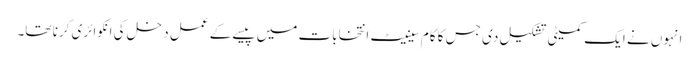
انہوں نے ایک کمیٹی تشکیل دی جس کا کام سینیٹ انتخابات میں پیسے کے عمل دخل کی انکوائری کرنا تھا۔